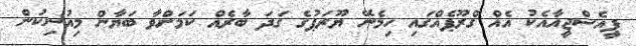
ޕީއެސްޖީއާއެކު އެއް ގްރޫޕެއްގައި ހިމެނޭ ޔޫރަޕުގެ ގަދަ ބާރެއް ކަމަށްވާ ބަޔާން މިއުނިކުން